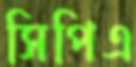
সিপিএ